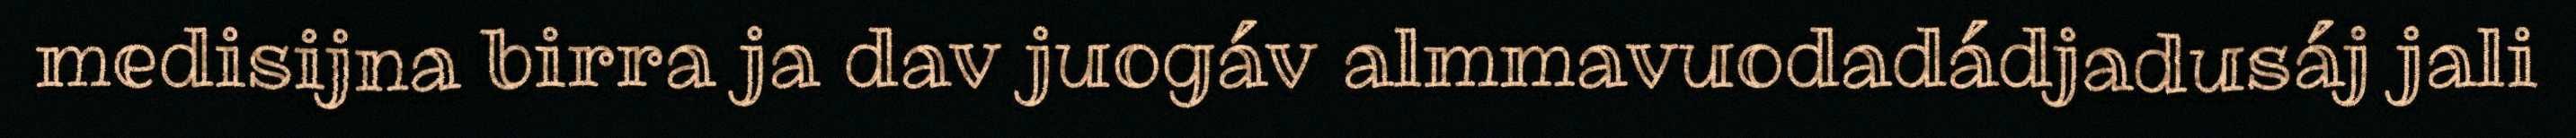
medisijna birra ja dav juogáv almmavuodadádjadusáj jali